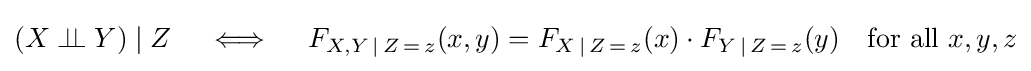
(X\perp \!\!\!\perp Y)\mid Z\quad \iff \quad F_{X,Y\,\mid \,Z\,=\,z}(x,y)=F_{X\,\mid \,Z\,=\,z}(x)\cdot F_{Y\,\mid \,Z\,=\,z}(y)\quad {\text{for all }}x,y,z